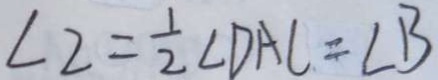
\angle 2 = \frac { 1 } { 2 } \angle D A C = \angle B